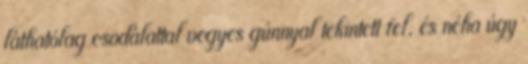
láthatólag csodálattal vegyes gúnnyal tekintett fel, és néha úgy